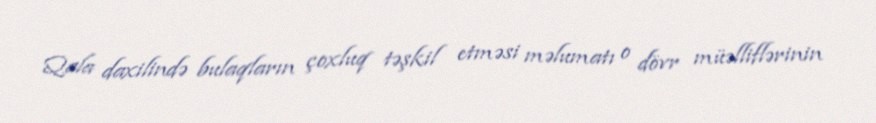
Qala daxilində bulaqların çoxluq təşkil etməsi məlumatı o dövr müəlliflərinin